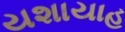
યશાયાહ